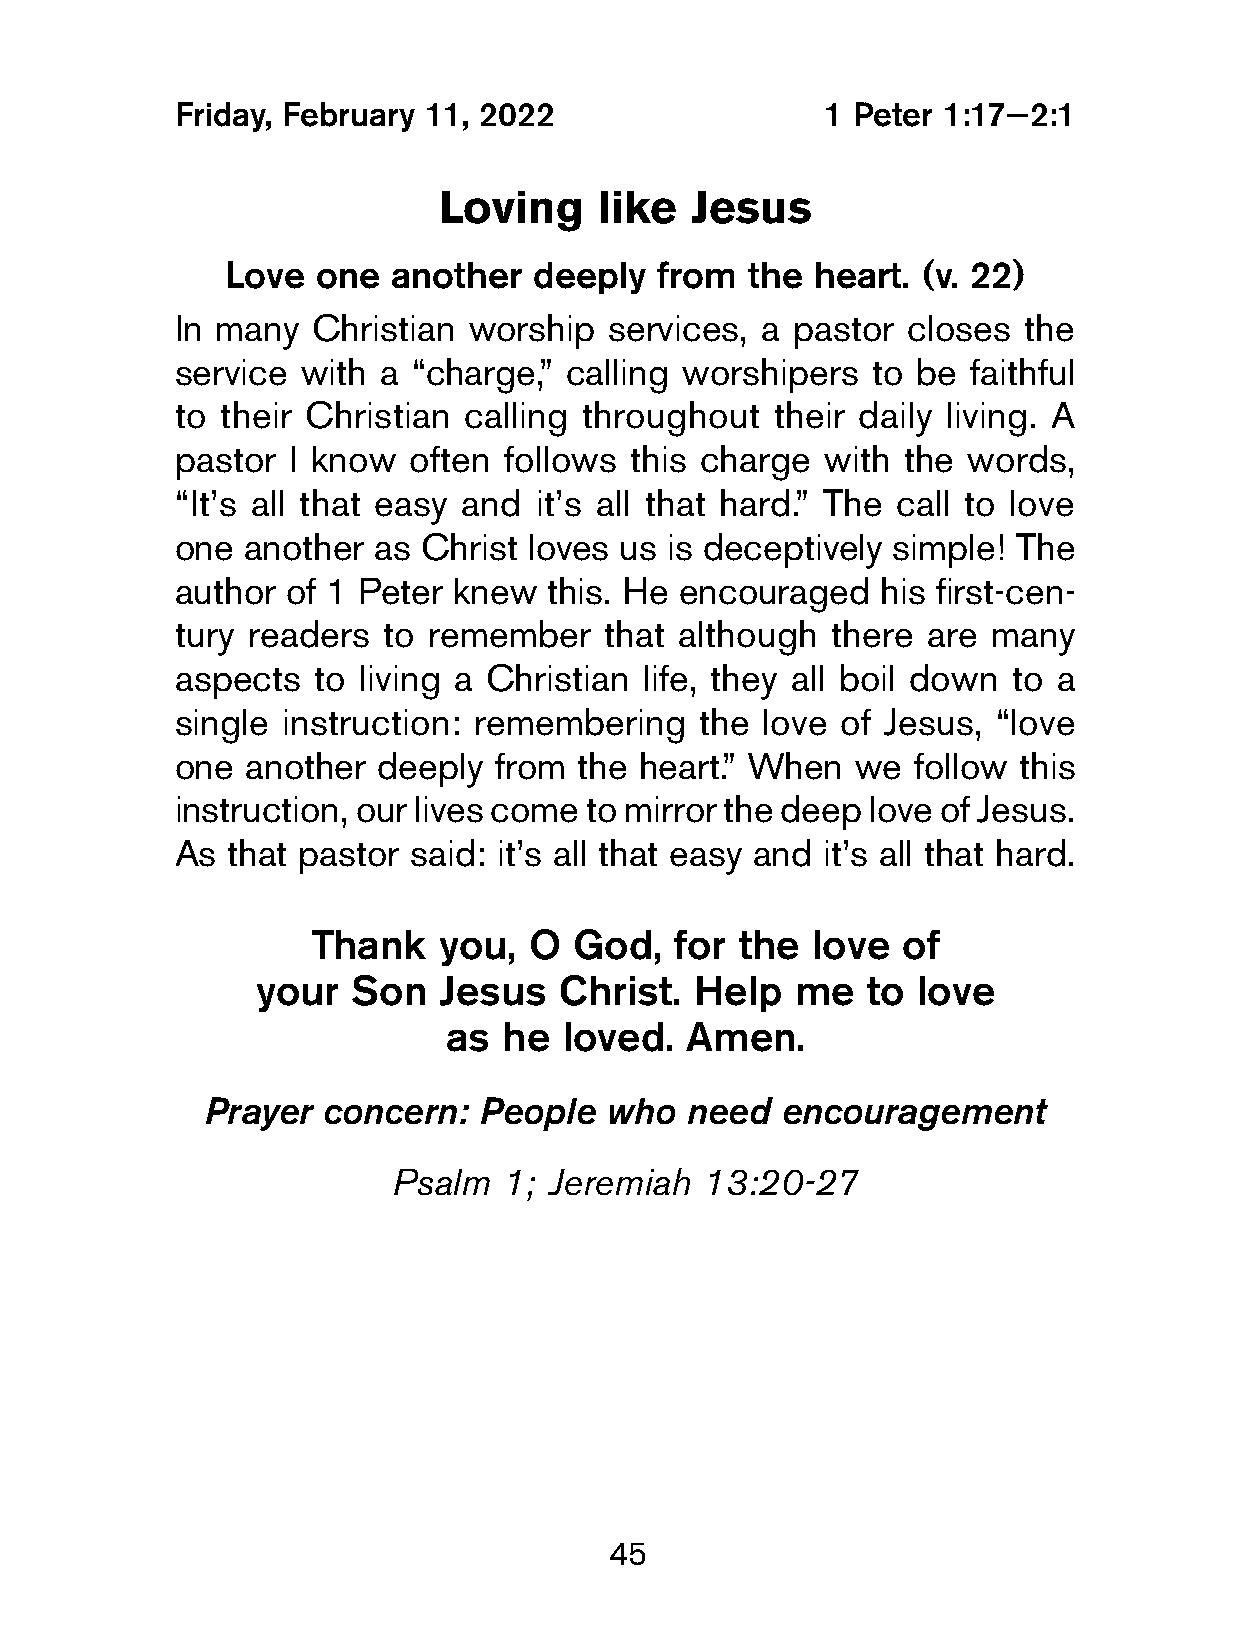
Friday, February 11, 2022                  1 Peter 1:17—2:1
 Loving    like   Jesus
 Love  one  another  deeply  from  the  heart. (v. 22)
 In many   Christian worship  services, a pastor  closes  the
 service  with a “charge,” calling worshipers   to be faithful
 to their Christian  calling throughout  their daily living. A
 pastor  I know  often follows  this charge with  the words,
 “It’s all that easy and it’s all that hard.” The call to love
 one  another  as Christ loves us is deceptively simple! The
 author  of 1 Peter knew  this. He encouraged   his first-cen-
 tury readers  to remember    that although  there are many
 aspects   to living a Christian life, they all boil down to a
 single  instruction: remembering   the love  of Jesus, “love
 one  another  deeply  from the heart.” When  we  follow this
 instruction, our lives come to mirror the deep love of Jesus.
 As  that pastor said: it’s all that easy and it’s all that hard.
 Thank    you,  O  God,   for the  love  of
 your  Son   Jesus   Christ.  Help  me   to  love
 as  he  loved.  Amen.
 Prayer  concern:   People  who  need   encouragement
 Psalm  1; Jeremiah   13:20-27
 45